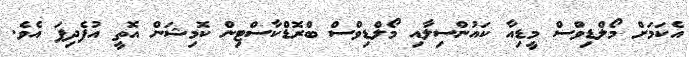
އެކަމަށް މޯލްޑިވްސް މީޑިއާ ކައުންސިލާއި މޯލްޑިވްސް ބްރޮޑްކާސްޓިން ކޮމިޝަން އޮތީ އުފެދިފަ އެވެ.